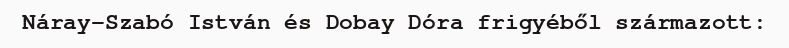
Náray-Szabó István és Dobay Dóra frigyéből származott: